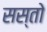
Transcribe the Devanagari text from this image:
सस्तो